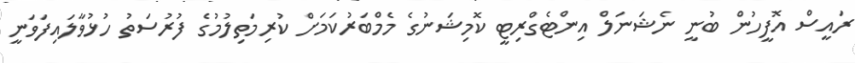
ރައީސް އޮފީހުން ބުނީ ނެޝަނަަލް އިންޓެގްރިޓީ ކޮމިޝަނުގެ މެމްބަރުކަމަށް ކުރިމަތިލުމުގެ ފުރުސަތު ހުޅުވާލައިފަވަނީ